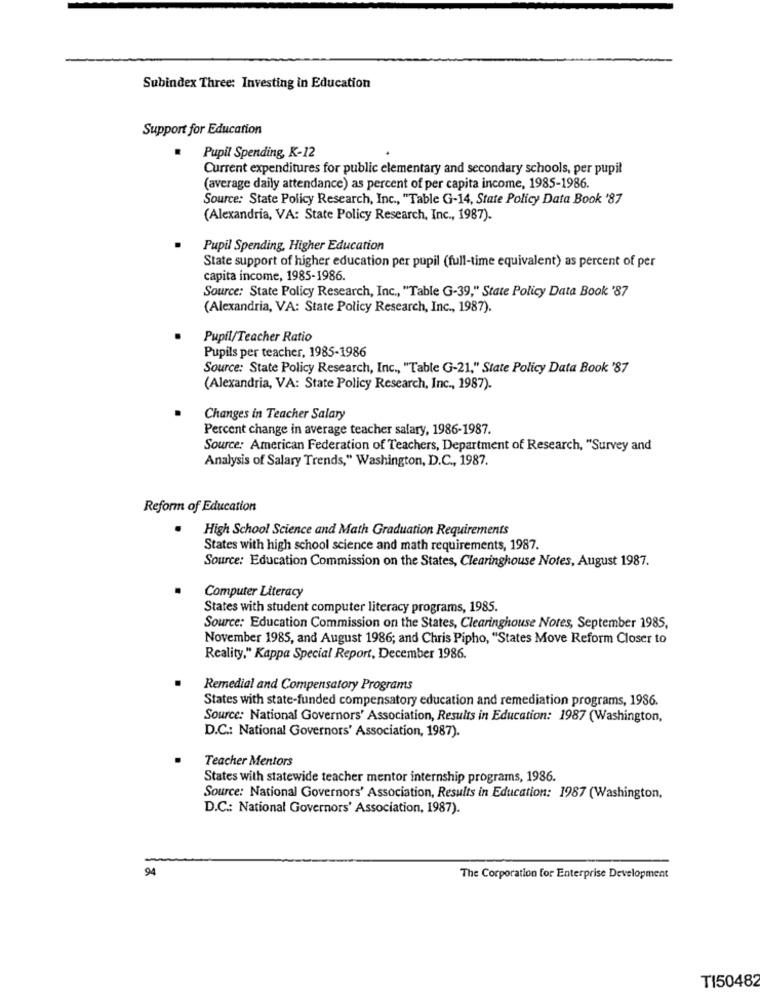
Subindex Three: Investing in Education
Support for Education
Pupil Spending, K-12
Current expenditures for public elementary and secondary schools, per pupil
(average daily attendance) as percent of per capita income, 1985-1986.
Source: State Policy Research, Inc ., "Table G-14, State Policy Data Book '87
(Alexandria, VA: State Policy Research, Inc ., 1987).
Pupil Spending, Higher Education
State support of higher education per pupil (full-time equivalent) as percent of per
capita income, 1985-1986.
Source: State Policy Research, Inc ., "Table G-39," State Policy Data Book '87
(Alexandria, VA: State Policy Research, Inc ., 1987).
Pupil/Teacher Ratio
Pupils per teacher, 1985-1986
Source: State Policy Research, Inc ., "Table G-21," State Policy Data Book '87
(Alexandria, VA: State Policy Research, Inc ., 1987).
Changes in Teacher Salary
Percent change in average teacher salary, 1986-1987.
Source: American Federation of Teachers, Department of Research, "Survey and
Analysis of Salary Trends," Washington, D.C ., 1987.
Reform of Education
High School Science and Math Graduation Requirements
States with high school science and math requirements, 1987.
Source: Education Commission on the States, Clearinghouse Notes, August 1987.
Computer Literacy
States with student computer literacy programs, 1985.
Source: Education Commission on the States, Clearinghouse Notes, September 1985,
November 1985, and August 1986; and Chris Pipho, "States Move Reform Closer to
Reality." Kappa Special Report, December 1986.
Remedial and Compensatory Programs
States with state-funded compensatory education and remediation programs, 1986.
Source: National Governors' Association, Results in Education: 1987 (Washington,
D.C .: National Governors' Association, 1987).
Teacher Mentors
States with statewide teacher mentor internship programs, 1986.
Source: National Governors' Association, Results in Education: 1987 (Washington,
D.C .: National Governors' Association, 1987).
94
The Corporation for Enterprise Development
TI50482